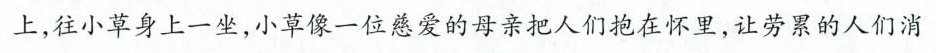
上，往小草身上一坐，小草像一位慈爱的母亲把人们抱在怀里，让劳累的人们消